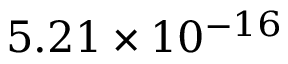
5 . 2 1 \times 1 0 ^ { - 1 6 }